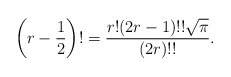
\begin{align*}\left(r-\frac{1}{2}\right)!=\frac{r!(2r-1)!!\sqrt{\pi}}{(2r)!!}.\end{align*}